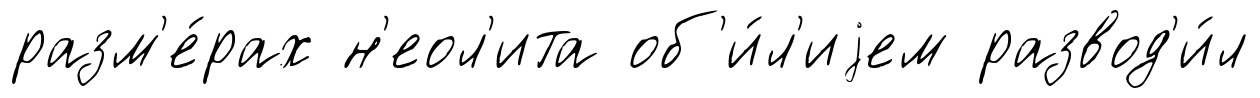
разм'е́рах н'еол'ита об'и́л'иjем развод'и́л